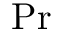
\operatorname* { P r }